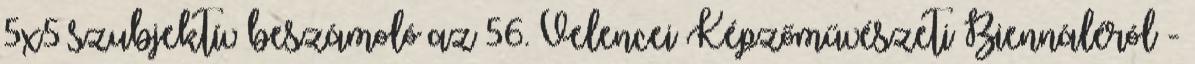
5x5 szubjektív beszámoló az 56. Velencei Képzőművészeti Biennáléról -